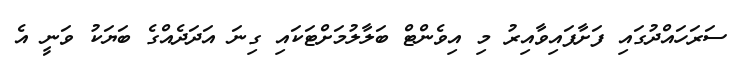
ސަރަހައްދުގައި ފަށާފައިވާއިރު މި އިވެންޓް ބަލާލުމަށްޓަކައި ގިނަ އަދަދެއްގެ ބަޔަކު ވަނީ އެ